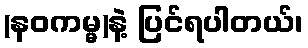
(နဝကမ္မ)နဲ့ ပြင်ရပါတယ်၊